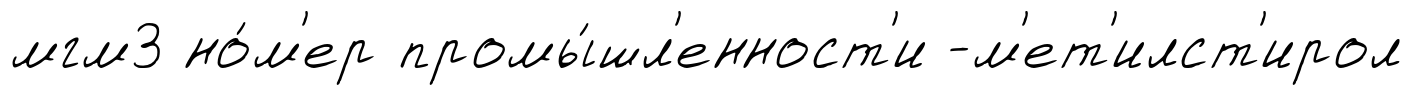
мгм3 но́м'ер промы́шл'енност'и -м'ет'илст'ирол